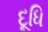
દૂધિ